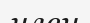
член